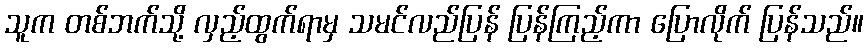
သူက တစ်ဘက်သို့ လှည့်ထွက်ရာမှ သမင်လည်ပြန် ပြန်ကြည့်ကာ ပြောလိုက် ပြန်သည်။